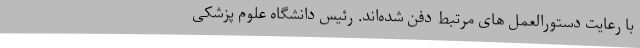
با رعایت دستورالعمل های مرتبط دفن شده‌اند. رئیس دانشگاه علوم پزشکی